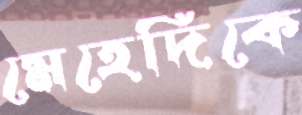
মেহেদিকে